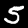
Label: 5